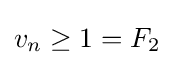
v_{n}\geq 1=F_{2}